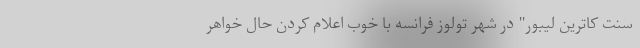
سنت کاترین لیبور" در شهر تولوز فرانسه با خوب اعلام کردن حال خواهر